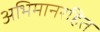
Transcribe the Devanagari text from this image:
अभिमानरहित